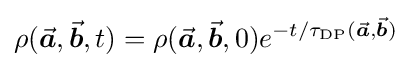
\rho ({\vec {\boldsymbol {a}}},{\vec {\boldsymbol {b}}},t)=\rho ({\vec {\boldsymbol {a}}},{\vec {\boldsymbol {b}}},0)e^{-t/\tau _{\text{DP}}({\vec {\boldsymbol {a}}},{\vec {\boldsymbol {b}}})}